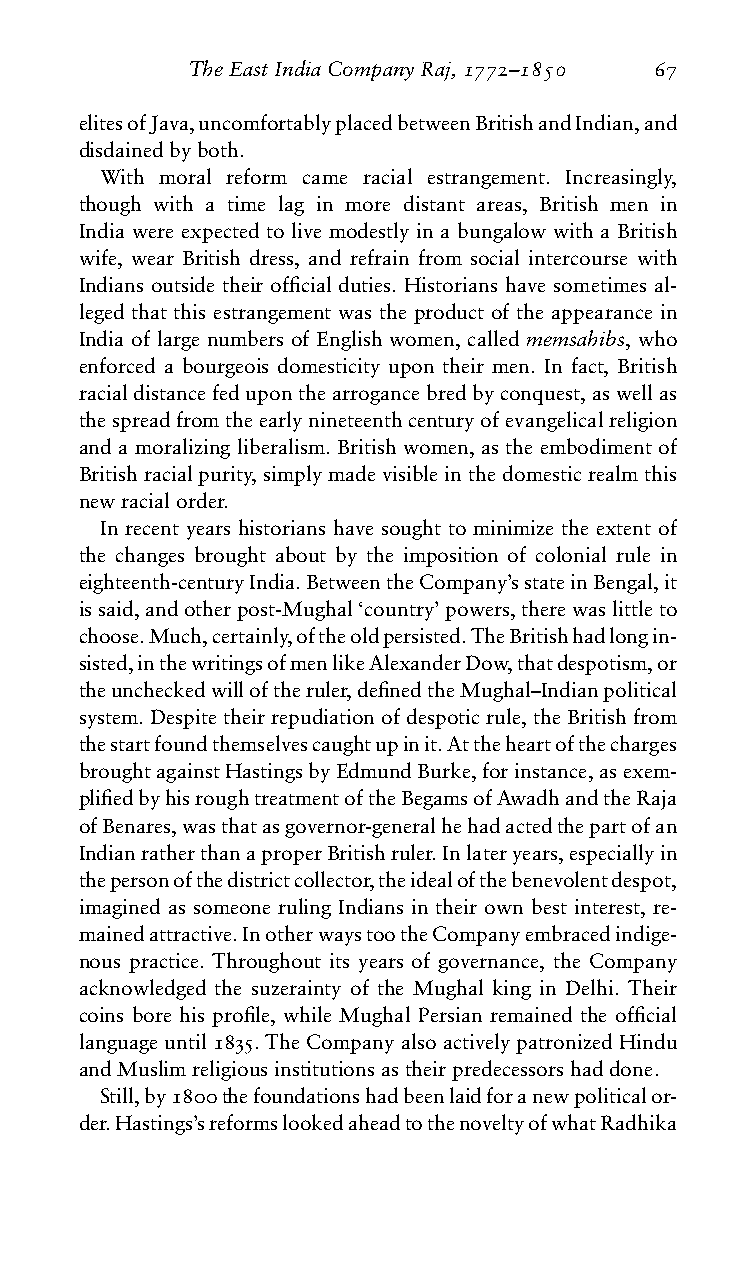
TheEastIndiaCompanyRaj,1772–1850 67
 elitesofJava,uncomfortablyplacedbetweenBritishandIndian,and
 disdainedbyboth.
 With moral reform came racial estrangement. Increasingly,
 though with a time lag in more distant areas, British men in
 India were expected to live modestly in a bungalow with a British
 wife, wear British dress, and refrain from social intercourse with
 Indians outside their official duties. Historians have sometimes al-
 leged that this estrangement was the product of the appearance in
 India of large numbers of English women, called memsahibs, who
 enforced a bourgeois domesticity upon their men. In fact, British
 racialdistancefeduponthearrogancebredbyconquest,aswellas
 thespreadfromtheearlynineteenthcenturyofevangelicalreligion
 and a moralizing liberalism. British women, as the embodiment of
 Britishracialpurity,simplymadevisibleinthedomesticrealmthis
 newracialorder.
 In recent years historians have sought to minimize the extent of
 the changes brought about by the imposition of colonial rule in
 eighteenth-centuryIndia.BetweentheCompany’sstateinBengal,it
 issaid,andotherpost-Mughal‘country’powers,therewaslittleto
 choose.Much,certainly,oftheoldpersisted.TheBritishhadlongin-
 sisted,inthewritingsofmenlikeAlexanderDow,thatdespotism,or
 theuncheckedwilloftheruler,definedtheMughal–Indianpolitical
 system. Despite their repudiation of despotic rule, the British from
 thestartfoundthemselvescaughtupinit.Attheheartofthecharges
 broughtagainstHastingsbyEdmundBurke,forinstance,asexem-
 plifiedbyhisroughtreatmentoftheBegamsofAwadhandtheRaja
 ofBenares,wasthatasgovernor-generalhehadactedthepartofan
 IndianratherthanaproperBritishruler.Inlateryears,especiallyin
 thepersonofthedistrictcollector,theidealofthebenevolentdespot,
 imagined as someone ruling Indians in their own best interest, re-
 mainedattractive.InotherwaystootheCompanyembracedindige-
 nous practice. Throughout its years of governance, the Company
 acknowledged the suzerainty of the Mughal king in Delhi. Their
 coins bore his profile, while Mughal Persian remained the official
 languageuntil1835.TheCompanyalsoactivelypatronizedHindu
 andMuslimreligiousinstitutionsastheirpredecessorshaddone.
 Still,by1800thefoundationshadbeenlaidforanewpoliticalor-
 der.Hastings’sreformslookedaheadtothenoveltyofwhatRadhika